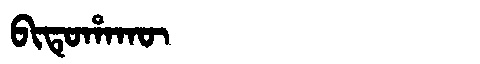
Manchu: ᠪᡳᡨᡠᡥᠠᡴᡡ
Romanization: BITUHAKŪ